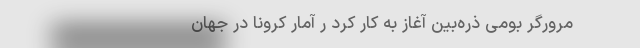
-------- مرورگر بومی ذره‌بین آغاز به کار کرد ر آمار کرونا در جهان